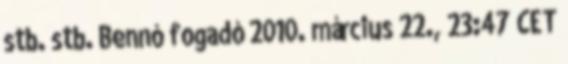
stb. stb. Bennó fogadó 2010. március 22., 23:47 CET